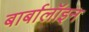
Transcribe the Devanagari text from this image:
बार्बालॉइन